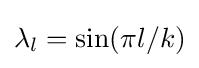
\lambda _{l}=\sin(\pi l/k)